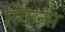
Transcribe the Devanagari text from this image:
स्किन्स